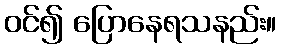
ဝင်၍ ပြောနေရသနည်း။